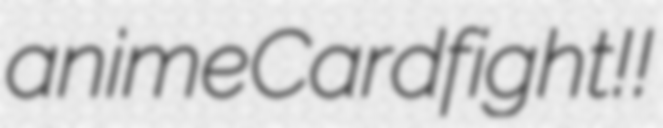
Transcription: anime Cardfight!!